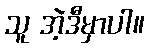
သူ အဲ့ဒီမှာပါ။